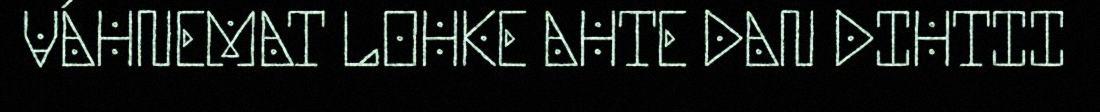
VÁHNEMAT LOHKE AHTE DAN DIHTII